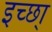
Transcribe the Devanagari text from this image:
इच्छा्